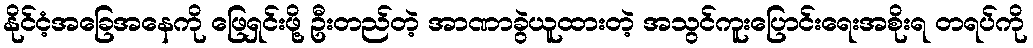
နိုင်ငံ့အခြေအနေကို ဖြေရှင်းဖို့ ဦးတည်တဲ့ အာဏာခွဲယူထားတဲ့ အသွင်ကူးပြောင်းရေးအစိုးရ တရပ်ကို